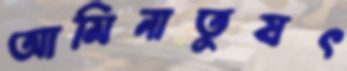
আমিনাতুযৎ